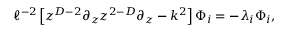
\ell ^ { - 2 } \left[ z ^ { D - 2 } \partial _ { z } z ^ { 2 - D } \partial _ { z } - k ^ { 2 } \right] \Phi _ { i } = - \lambda _ { i } \Phi _ { i } ,